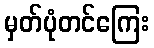
မှတ်ပုံတင်ကြေး